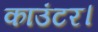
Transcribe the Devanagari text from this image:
काउंटर।